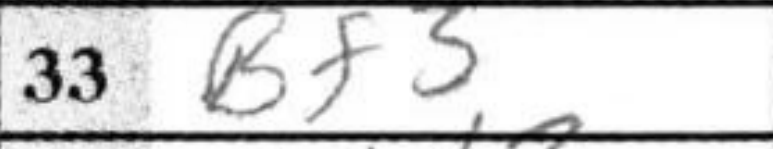
Transcription: Bf3